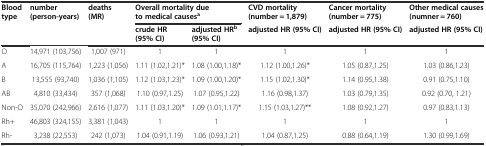
<table><thead><tr><td rowspan="2"><b>Blood type</b></td><td rowspan="2"><b>number (person-years)</b></td><td rowspan="2"><b>deaths (MR)</b></td><td colspan="2"><b>Overall mortality due to medical causes<sup>a</sup></b></td><td><b>CVD mortality (number = 1,879)</b></td><td><b>Cancer mortality (number = 775)</b></td><td><b>Other medical causes (numner = 760)</b></td></tr><tr><td><b>crude HR (95% CI)</b></td><td><b>adjusted HR<sup>b</sup>(95% CI)</b></td><td><b>adjusted HR (95% CI)</b></td><td><b>adjusted HR (95% CI)</b></td><td><b>adjusted HR (95% CI)</b></td></tr></thead><tbody><tr><td>O</td><td>14,971 (103,756)</td><td>1,007 (971)</td><td>1</td><td>1</td><td>1</td><td>1</td><td>1</td></tr><tr><td>A</td><td>16,705 (115,764)</td><td>1,223 (1,056)</td><td>1.11 (1.02,1.21)*</td><td>1.08 (1.00,1.18)*</td><td>1.12 (1.00,1.26)*</td><td>1.05 (0.87,1.25)</td><td>1.03 (0.86,1.23)</td></tr><tr><td>B</td><td>13,555 (93,740)</td><td>1,036 (1,105)</td><td>1.12 (1.03,1.23)*</td><td>1.09 (1.00,1.20)*</td><td>1.15 (1.02,1.30)*</td><td>1.14 (0.95,1.38)</td><td>0.91 (0.75,1.10)</td></tr><tr><td>AB</td><td>4,810 (33,434)</td><td>357 (1,068)</td><td>1.10 (0.97,1.25)</td><td>1.07 (0.95,1.22)</td><td>1.16 (0.98,1.37)</td><td>1.03 (0.79,1.35)</td><td>0.92 (0.70, 1.21)</td></tr><tr><td>Non-O</td><td>35,070 (242,966)</td><td>2,616 (1,077)</td><td>1.11 (1.03,1.20)*</td><td>1.09 (1.01,1.17)*</td><td>1.15 (1.03,1.27)**</td><td>1.08 (0.92,1.27)</td><td>0.97 (0.83,1.13)</td></tr><tr><td>Rh+</td><td>46,803 (324,155)</td><td>3,381 (1,043)</td><td>1</td><td>1</td><td>1</td><td>1</td><td>1</td></tr><tr><td>Rh-</td><td>3,238 (22,553)</td><td>242 (1,073)</td><td>1.04 (0.91,1.19)</td><td>1.06 (0.93,1.21)</td><td>1.04 (0.87,1.25)</td><td>0.88 (0.64,1.19)</td><td>1.30 (0.99,1.69)</td></tr></tbody></table>